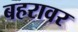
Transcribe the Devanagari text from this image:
बहरावर